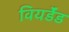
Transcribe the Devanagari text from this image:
वियर्डेंड